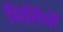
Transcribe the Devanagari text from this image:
मिर्तियों